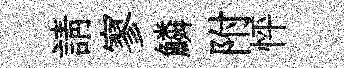
請寥鱗附怦